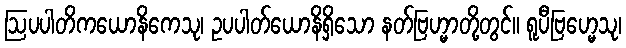
ဩပပါတိကယောနိကေသု၊ ဥပပါတ်ယောနိရှိသော နတ်ဗြဟ္မာတို့တွင်။ ရူပီဗြဟ္မေသု၊